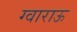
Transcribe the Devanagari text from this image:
ग्वाराऊ